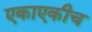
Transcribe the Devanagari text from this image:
एकाएकीच